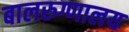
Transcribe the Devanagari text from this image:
बालरुग्णालय